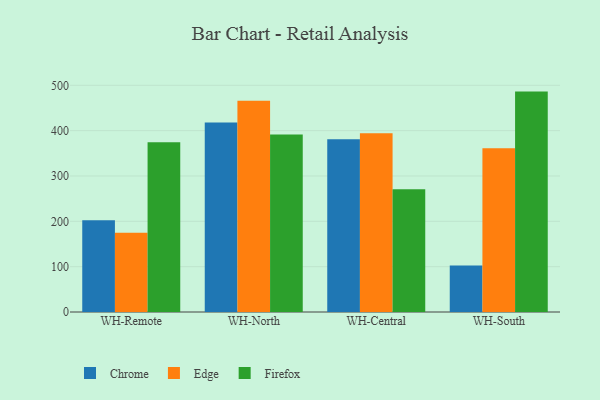
{"axis": {"x": "Warehouse", "y": "Gross Profit (USD K)"}, "legend": ["Chrome", "Edge", "Firefox"], "data": [{"x": "WH-Remote", "y": 202.5, "type": "Chrome"}, {"x": "WH-Remote", "y": 174.6, "type": "Edge"}, {"x": "WH-Remote", "y": 374.5, "type": "Firefox"}, {"x": "WH-North", "y": 417.9, "type": "Chrome"}, {"x": "WH-North", "y": 466.1, "type": "Edge"}, {"x": "WH-North", "y": 391.3, "type": "Firefox"}, {"x": "WH-Central", "y": 380.9, "type": "Chrome"}, {"x": "WH-Central", "y": 394.5, "type": "Edge"}, {"x": "WH-Central", "y": 271.0, "type": "Firefox"}, {"x": "WH-South", "y": 102.7, "type": "Chrome"}, {"x": "WH-South", "y": 361.0, "type": "Edge"}, {"x": "WH-South", "y": 486.1, "type": "Firefox"}]}